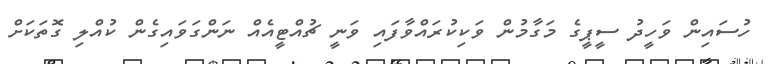
ހުސައިން ވަހީދު ސީޕީގެ މަގާމުން ވަކިކުރައްވާފައި ވަނީ ޗުއްޓީއެއް ނަންގަވައިގެން ކުއްލި ގޮތަކަށް